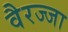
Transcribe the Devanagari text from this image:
वैरज्जा